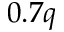
0 . 7 q